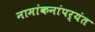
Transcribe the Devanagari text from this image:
नामांकनांपर्यंत